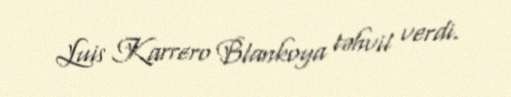
Luis Karrero Blankoya təhvil verdi.